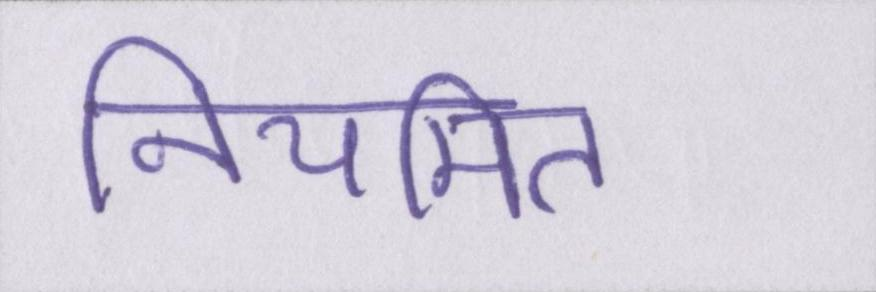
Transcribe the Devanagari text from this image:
नियमित